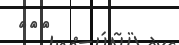
١٥٥